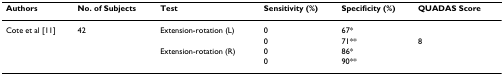
| Authors | No. of Subjects | Test | Sensitivity (%) | Specificity (%) | QUADAS Score |
 | --- | --- | --- | --- | --- | --- |
 | Cote et al [11] | 42 | Extension-rotation (L) | 0 | 67* |  |
 |  |  |  | 0 | 71** | 8 |
 |  |  | Extension-rotation (R) | 0 | 86* |  |
 |  |  |  | 0 | 90** |  |